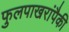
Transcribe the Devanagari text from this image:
फुलपाखरांपैकी